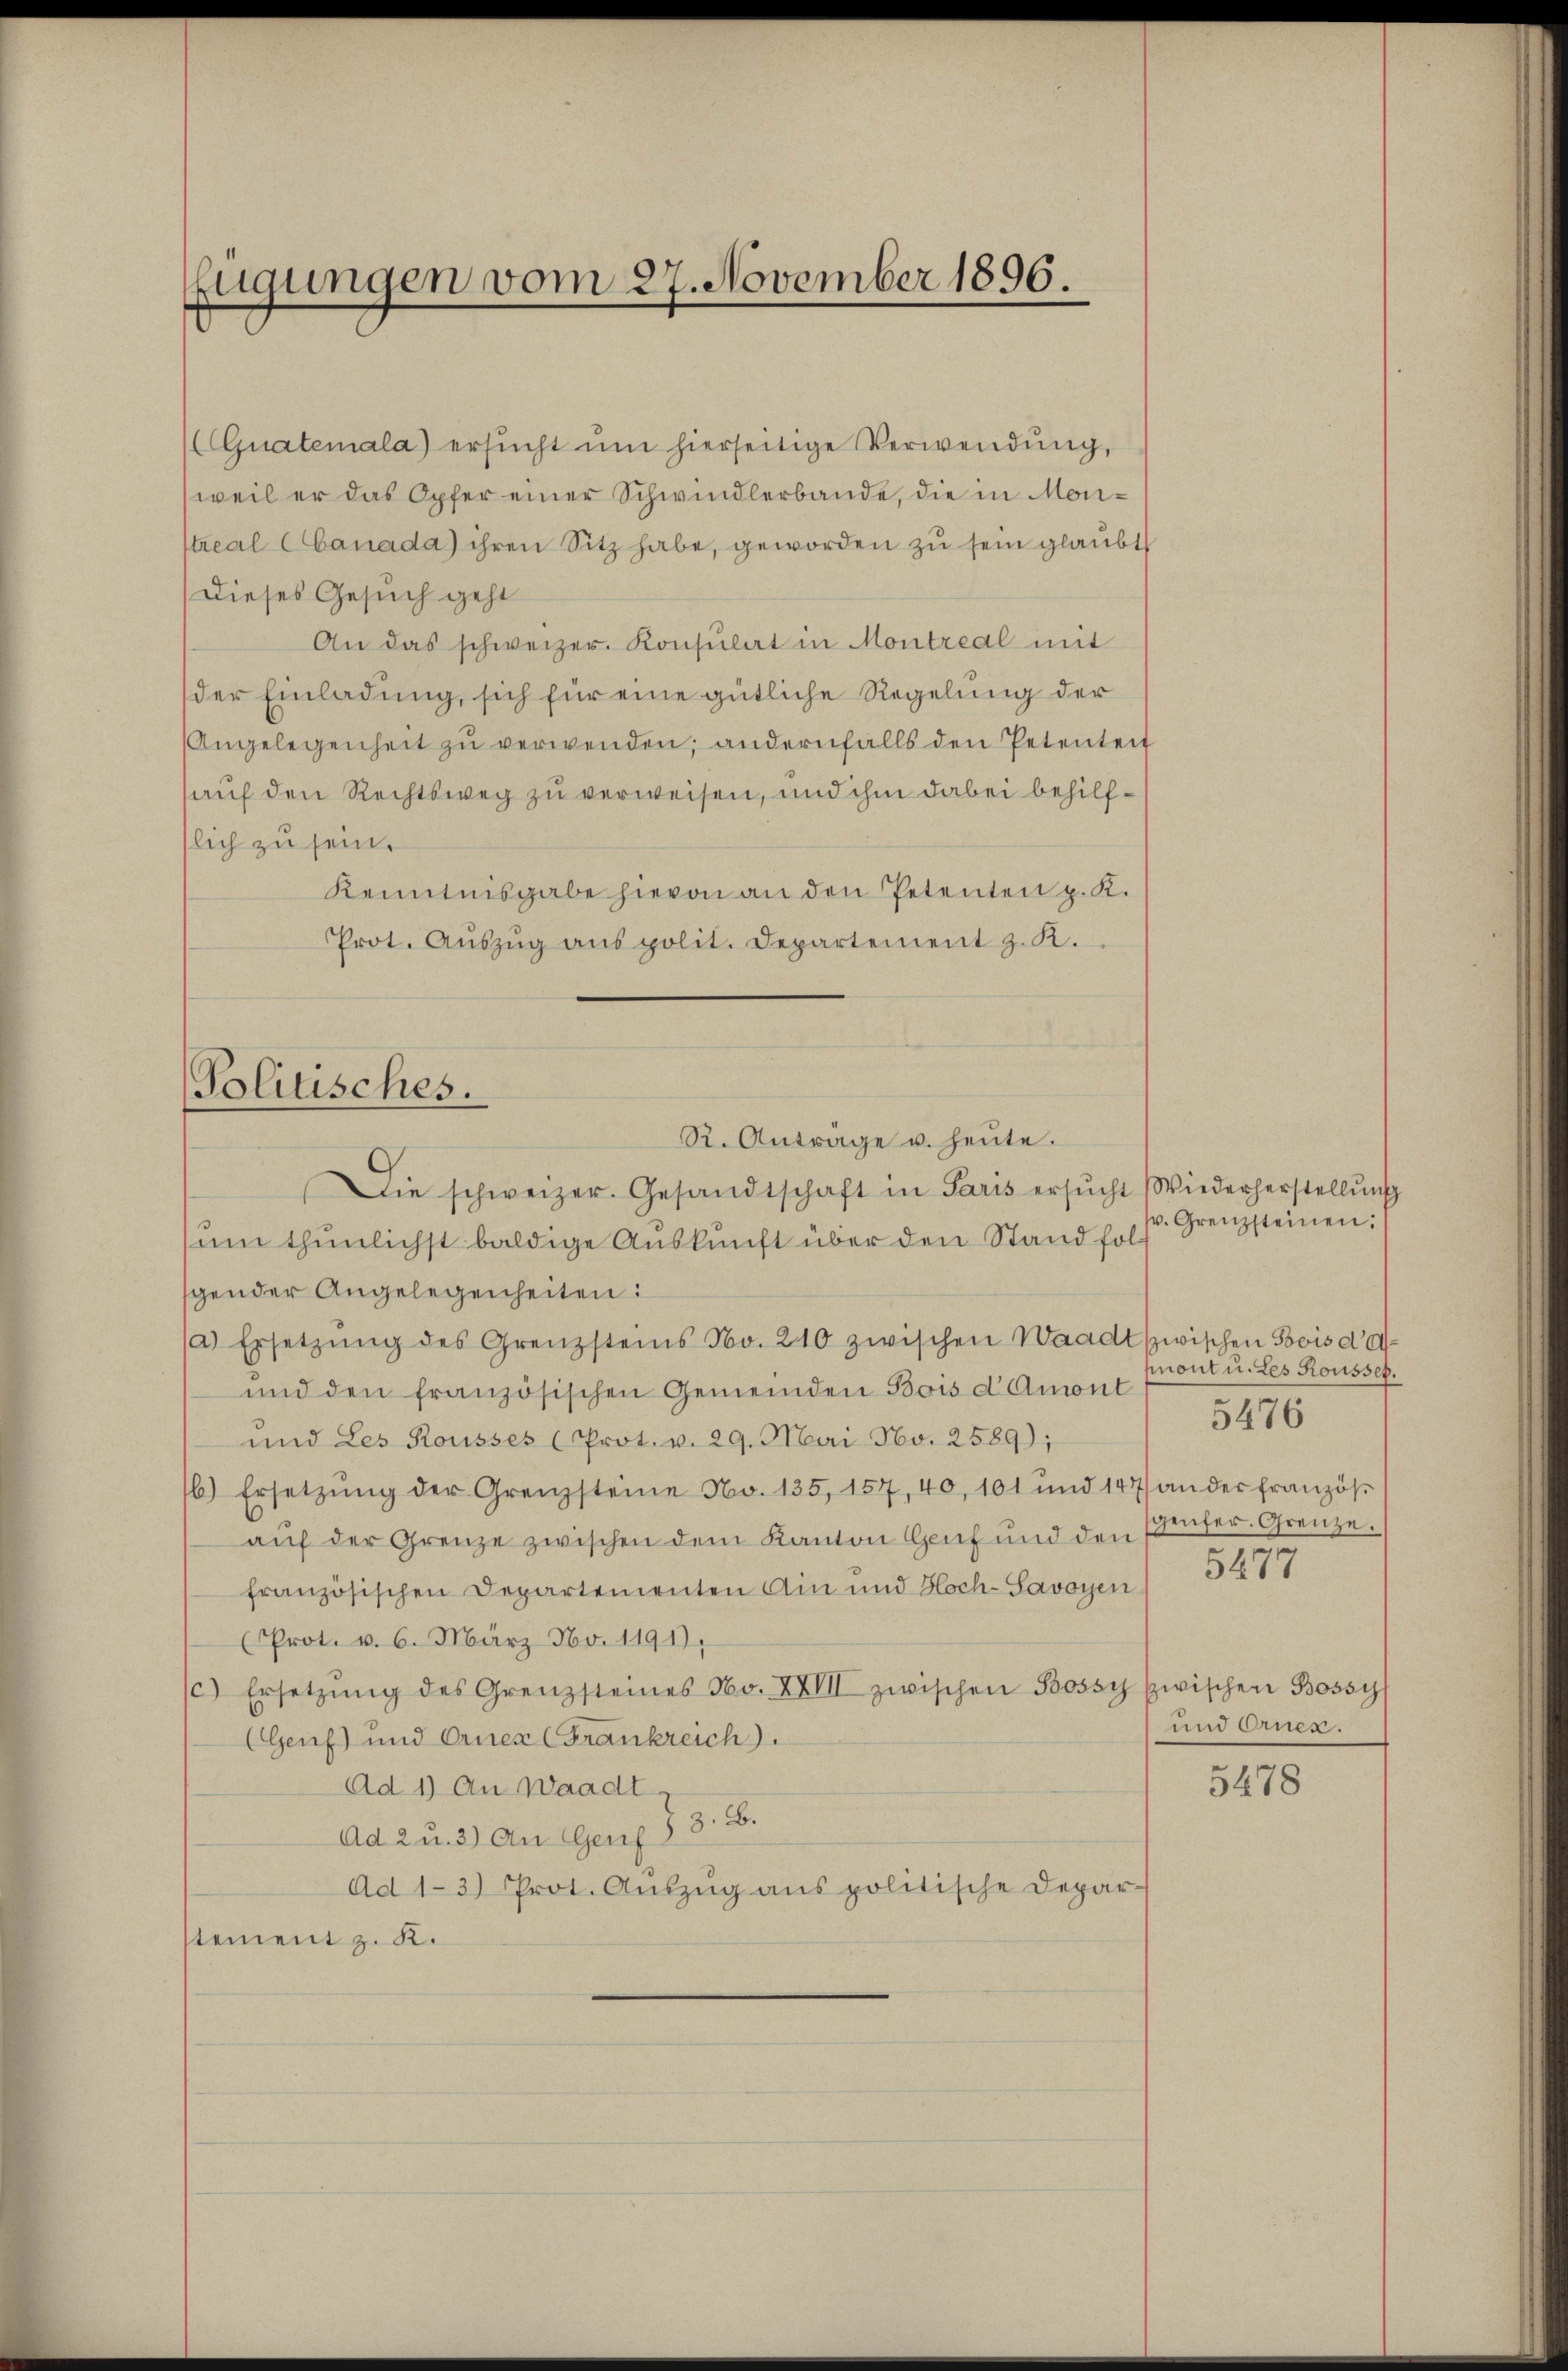
Eugungen vom 27. November 1896.

(Guatemala) ersŭcht ŭm hierseitige Verwendung,
(weil er das Opfer einer Schwindlerbande, die in Montreal Canada ihren Sitz habe, geworden zu sein glaubt
Dieses Gesuch geht
An das schweizer. Konsulat in Montreal mit
der Einladung, sich für eine gütliche Regelung der
Angelegenheit zŭ verwenden; andernfalls den Petenteit
auf den Rechtsweg zu verweisen, und ihm dabei behilfslich zu sein.
Kenntnisgabe hievon an den Petenten p. K.
Prot. Aŭszŭg aŭs polit. Departement z. K.
Politisches.

R. Anträge u. heute.

Die schweizer. Gesandtschaft in Paris ersŭcht Wiederherstellŭng
um thunlichst baldige Auskunft über den Stand folspender Angelegenheiten:
(a) Ersetzŭng des Grenzsteins No. 210 zwischen Waadt zwischen Bois da¬
und den französischen Gemeinden Bois d Amont
und Les Rousses (Prot. v. 29. Mai Nbv. 2589);
b) Ersetzŭng der Grenzsteine No. 135, 157, 40, 101 und 147) an der französ.
aŭf der Grenze zwischen dem Kanton Genf und den
französischen Departementen Ain und Hoch-Savoyen
(Prot. v. 6. März No. 1191).
(c) Ersetzŭng des Grenzsteines No. XVIII zwischen Bossy zwischen Bossy
(Genf und Orner (Frankreich
Ad 1) An Waadt.
Ad 2 u. 3) An Genf § 8. B.
Ad 1-3) Prot. Aŭszŭg ans politische Depar-
stement z. K.

s. Grenzsteinen:
mont u. Les Rousset.
5476
genfer. Grenze.
5477

und Ernes.

5478